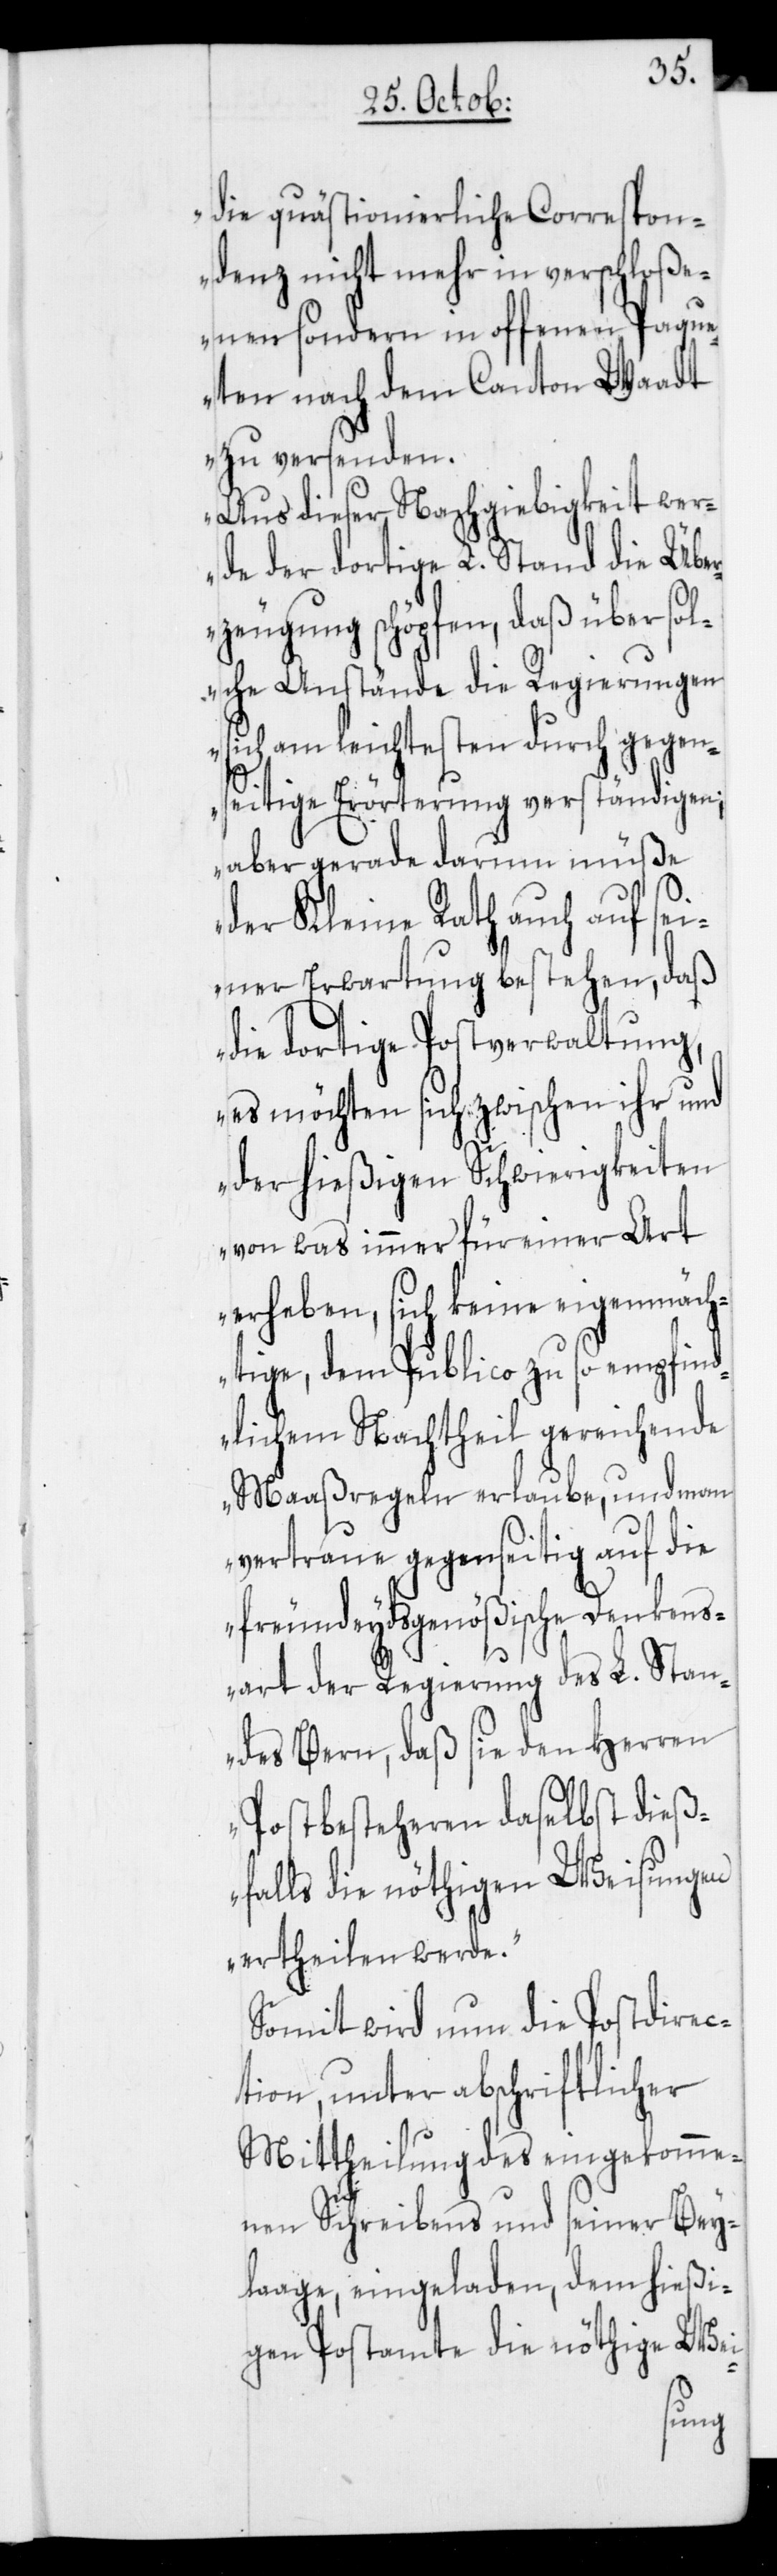
die quästionierliche Correspon¬
denz nicht mehr in verschloße¬
nen, sondern in offenen Paque¬
ten nach dem Canton Waadt
zu versenden.
Aus dieser Nachgiebigkeit wer¬
de der dortige L. Stand die Übe¬
rzeugung schöpfen, daß über sol¬
che Anstände die Regierungen
sich am leichtesten durch gegens¬
eitige Erörterung verständigen;
aber gerade darum müße
der Kleine Rath auch auf sei¬
ner Erwartung bestehen, daß
die dortige Postverwaltung,
es möchten sich zwischen ihr und
der hießigen Schwierigkeiten
von was immer für einer Art
erheben, sich keine eigenmäch¬
tige, dem Publico zu so empfind¬
lichem Nachtheil gereichende
Maaßregeln erlaube, und man
vertraue gegenseitig auf die
freundeydsgenößische Denkens¬
art der Regierung des L. Stan¬
des Bern, daß sie den Herren
Postbesteheren daselbst dieß¬
falls die nöthigen Weisungen
ertheilen werde.“
Somit wird nun die Postdirec¬
tion, unter abschriftlicher
Mittheilung des eingekomme¬
nen Schreibens und seiner Bey¬
laage, eingeladen, dem hießi¬
gen Postamte die nöthige Wei-